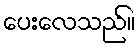
ပေးလေသည်။